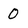
Character: 0